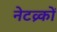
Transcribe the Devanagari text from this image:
नेटव्र्कों